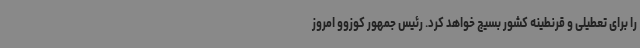
را برای تعطیلی و قرنطینه کشور بسیج خواهد کرد. رئیس جمهور کوزوو امروز